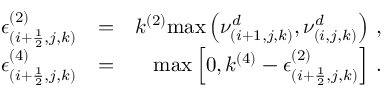
\begin{array} { r l r } { \epsilon _ { ( i + \frac { 1 } { 2 } , j , k ) } ^ { ( 2 ) } } & { = } & { k ^ { ( 2 ) } \mathrm { m a x } \left( \nu _ { ( i + 1 , j , k ) } ^ { d } , \nu _ { ( i , j , k ) } ^ { d } \right) \, \mathrm { , } } \\ { \epsilon _ { ( i + \frac { 1 } { 2 } , j , k ) } ^ { ( 4 ) } } & { = } & { \mathrm { m a x } \left[ 0 , k ^ { ( 4 ) } - \epsilon _ { ( i + \frac { 1 } { 2 } , j , k ) } ^ { ( 2 ) } \right] \, \mathrm { . } } \end{array}